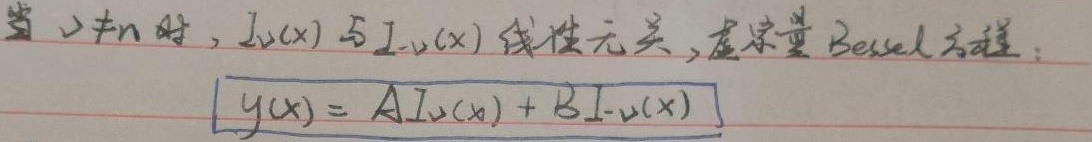
当 $\nu\neq n$ 时，$I_{\nu}(x)$ 与 $I_{-\nu}(x)$ 线性无关。虚宗量 Bessel 方程：
\[y(x)=AI_{\nu}(x)+BI_{-\nu}(x)\]